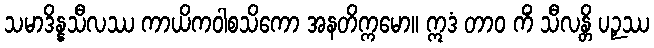
သမာဒိန္နသီလဿ ကာယိကဝါစသိကော အနတိက္ကမော။ ဣဒံ တာဝ ကိံ သီလန္တိ ပဉှဿ